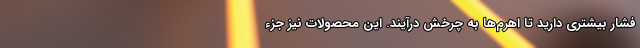
فشار بیشتری دارید تا اهرم‌ها به چرخش درآیند. این محصولات نیز جزء